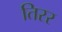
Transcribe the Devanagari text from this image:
तिरर